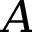
A